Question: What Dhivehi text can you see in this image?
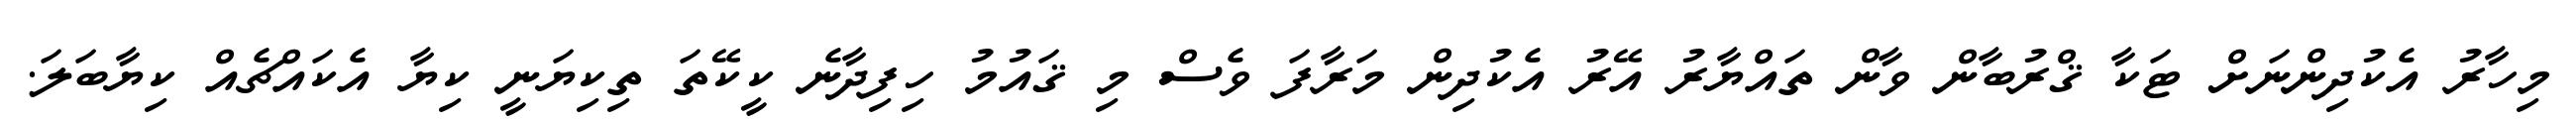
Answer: މިހާރު އެކުދިންނަށް ޓަކާ ޤްރުބާން ވާން ތައްޔާރު އޭރު އެކުދިން މަރާފަ ވެސް މި ޤައުމު ހިފިދާނެ ކީކޭތަ ތިކިޔަނީ ކިޔާ އެކައްޗެއް ކިޔާބަލަ.